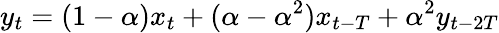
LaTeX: y_{t}=(1-\alpha)x_{t}+(\alpha-\alpha^{2})x_{t-T}+\alpha^{2}y_{t-2T}